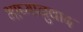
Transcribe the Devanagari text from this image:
भाष्यानुवाद